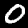
Label: 0